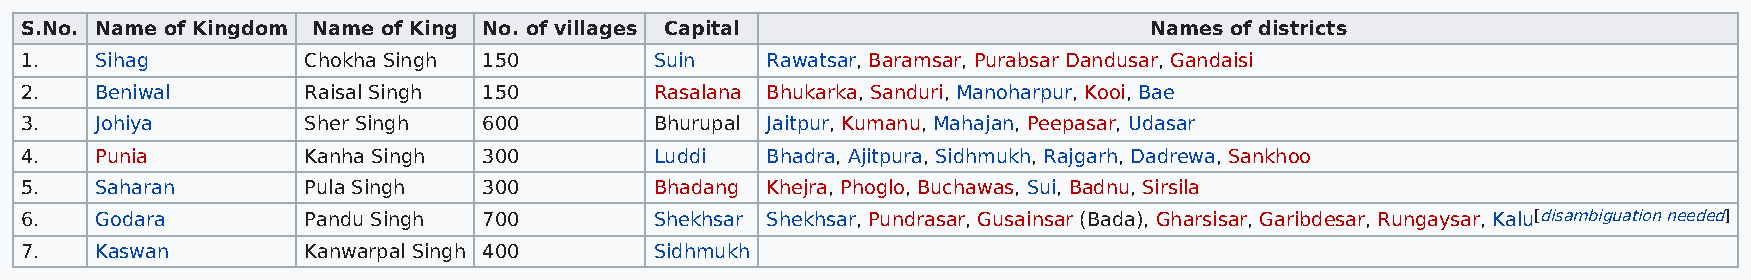
S.No. Name of Kingdom Name of King No. of villages Capital                 Names of districts
 1.   Sihag         Chokha Singh 150       Suin    Rawatsar, Baramsar, Purabsar Dandusar, Gandaisi
 2.   Beniwal       Raisal Singh 150       Rasalana Bhukarka, Sanduri, Manoharpur, Kooi, Bae
 3.   Johiya        Sher Singh  600        Bhurupal Jaitpur, Kumanu, Mahajan, Peepasar, Udasar
 4.   Punia         Kanha Singh 300        Luddi   Bhadra, Ajitpura, Sidhmukh, Rajgarh, Dadrewa, Sankhoo
 5.   Saharan       Pula Singh  300        Bhadang Khejra, Phoglo, Buchawas, Sui, Badnu, Sirsila
 6.   Godara        Pandu Singh 700        Shekhsar Shekhsar, Pundrasar, Gusainsar (Bada), Gharsisar, Garibdesar, Rungaysar, Kalu[disambiguation needed]
 7.   Kaswan        Kanwarpal Singh 400    Sidhmukh